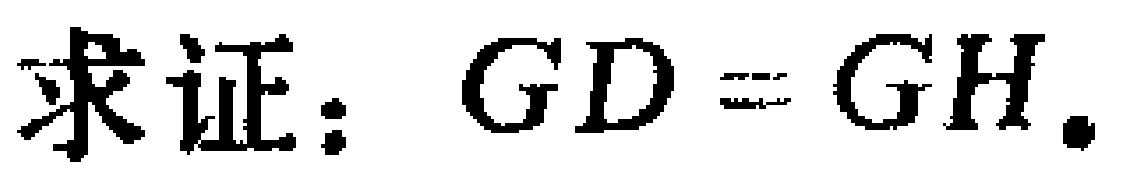
求证：\(GD = GH\).